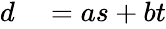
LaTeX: \begin{array}{rl}{d}&{{}=as+bt}\end{array}